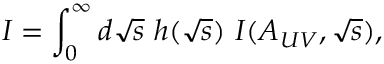
{ \cal I } = \int _ { 0 } ^ { \infty } d \sqrt s \ h ( \sqrt s ) \ { \cal I } ( A _ { U V } , \sqrt s ) ,